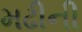
મઢીની